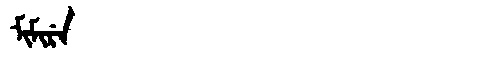
Manchu: ᠮᡳᠮᡳᡵᡝ
Romanization: MIMIRE